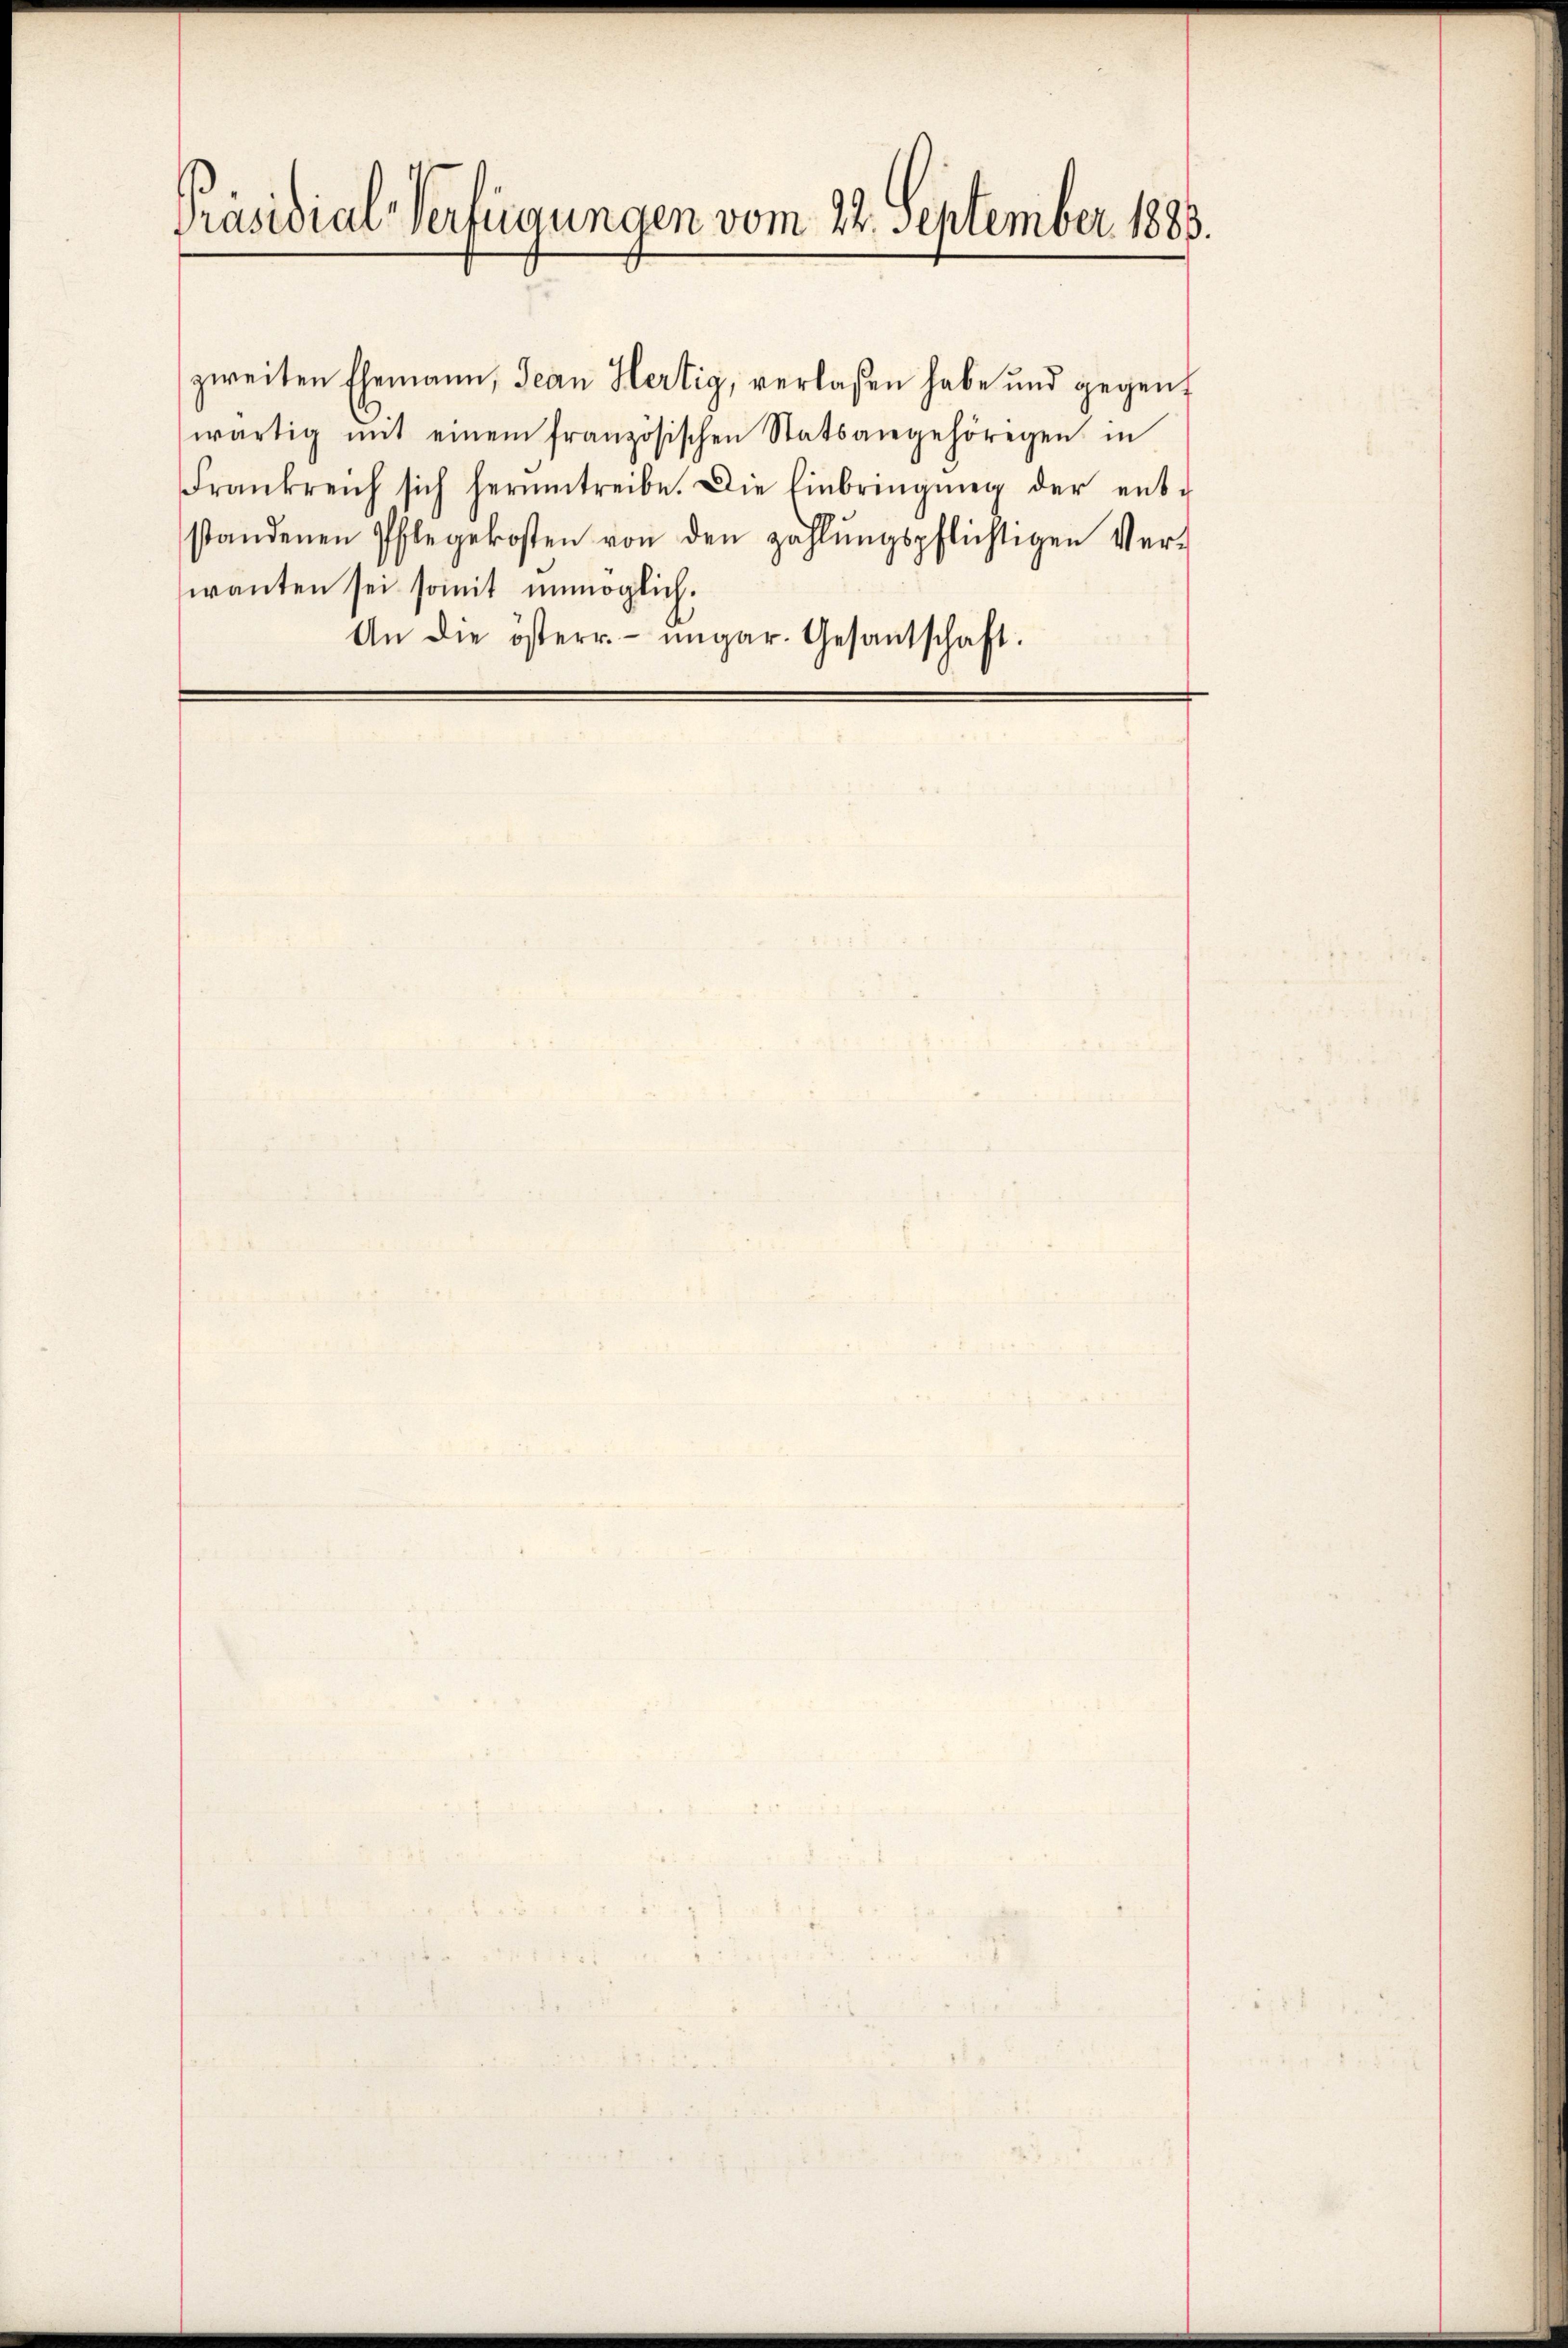
Präsidial-Verfügungen vom 22. September 1883.

zweiten Ehemann, Jean Hertig, verlassen habe und gegen
wärtig mit einem französischen Statsangehörigen in
Frankreich sich herumtreibe. Die Einbringŭng der ent-
standenen Pflegekosten von den zahlŭngspflichtigen Ver-
wanten sei somit unmöglich.
An die österr. ungar. Gesandschaft.